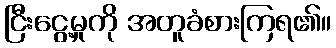
ငြီးငွေ့မှုကို အတူခံစားကြရ၏။